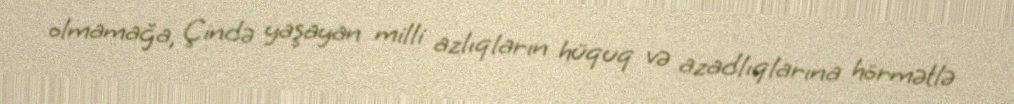
olmamağa, Çində yaşayan milli azlıqların hüquq və azadlıqlarına hörmətlə